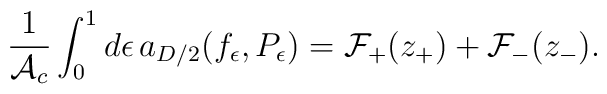
{1\over {\cal A}_c}\int_0^1 d\epsilon\,    a_{D/2}(f_{\epsilon},P_{\epsilon})  ={\cal F}_+(z_+) +{\cal F}_- (z_-).